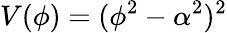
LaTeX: V(\phi)=(\phi^{2}-\alpha^{2})^{2}